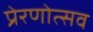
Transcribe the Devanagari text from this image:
प्रेरणोत्सव